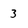
Character: 3